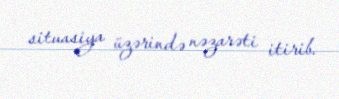
situasiya üzərində nəzarəti itirib.